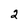
Character: 2